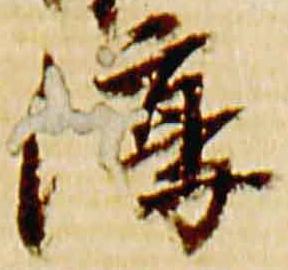
淳